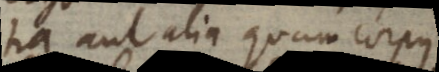
tia aut alia quam corpus.